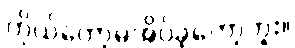
ကိုယ်တော့မအိပ်ခဲ့တော့ဘူး။